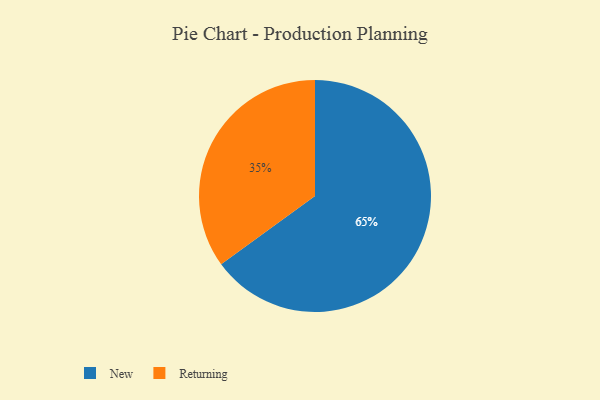
{"axis": {"x": "Category", "y": "Percentage"}, "legend": ["New", "Returning"], "data": [{"x": "New", "y": 65, "type": "New"}, {"x": "Returning", "y": 35, "type": "Returning"}]}